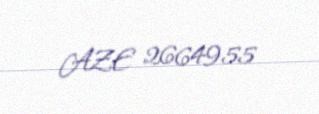
AZE 2664955